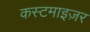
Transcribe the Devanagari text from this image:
कस्टमाइज़र